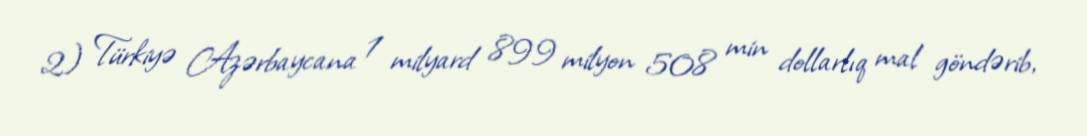
2) Türkiyə Azərbaycana 1 milyard 899 milyon 508 min dollarlıq mal göndərib,